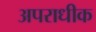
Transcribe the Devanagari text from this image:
अपराधीक